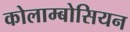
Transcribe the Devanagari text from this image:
कोलाम्बोसियन